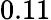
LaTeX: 0.11